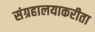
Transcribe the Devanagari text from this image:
संग्रहालयाकरीता